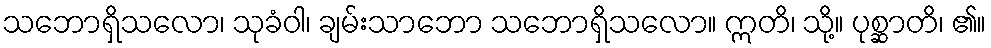
သဘောရှိသလော၊ သုခံဝါ၊ ချမ်းသာဘော သဘောရှိသလော။ ဣတိ၊ သို့။ ပုစ္ဆာတိ၊ ၏။